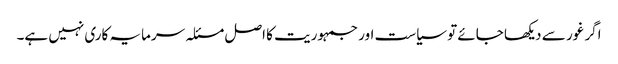
اگر غور سے دیکھا جائے تو سیاست اور جمہوریت کا اصل مسئلہ سرمایہ کاری نہیں ہے۔